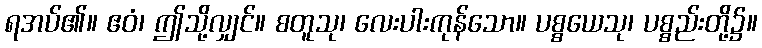
ရအပ်၏။ ဧဝံ၊ ဤသို့လျှင်။ စတူသု၊ လေးပါးကုန်သော။ ပစ္စယေသု၊ ပစ္စည်းတို့၌။